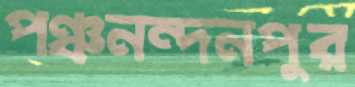
পঞ্চনন্দনপুর